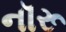
નૉરૂ